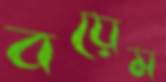
বয়েম